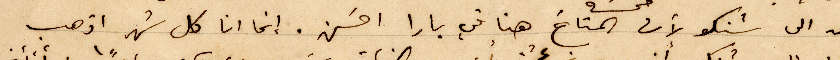
بعد الى شنكو لأن المناخ هنا في بارا احسن. إنما انا كل شهر اذهب